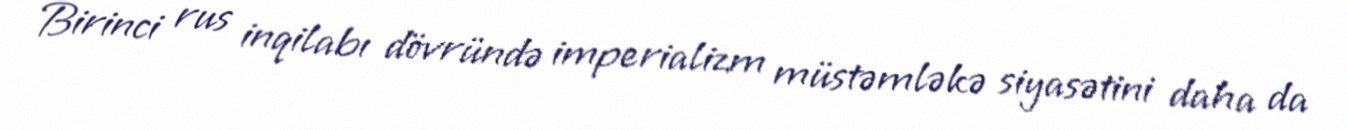
Birinci rus inqilabı dövründə imperializm müstəmləkə siyasətini daha da